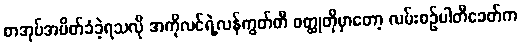
စာအုပ်အပိတ်ခံခဲ့ရသလို အကိုလင်ရဲ့လန်ကွတ်တီ ဝတ္ထုတိုမှာတော့ လမ်းစဉ်ပါတီခေတ်က